Vaccination United Provinces of Agra and Oudh 1914-1922 - 1914-1922
Year: 1914
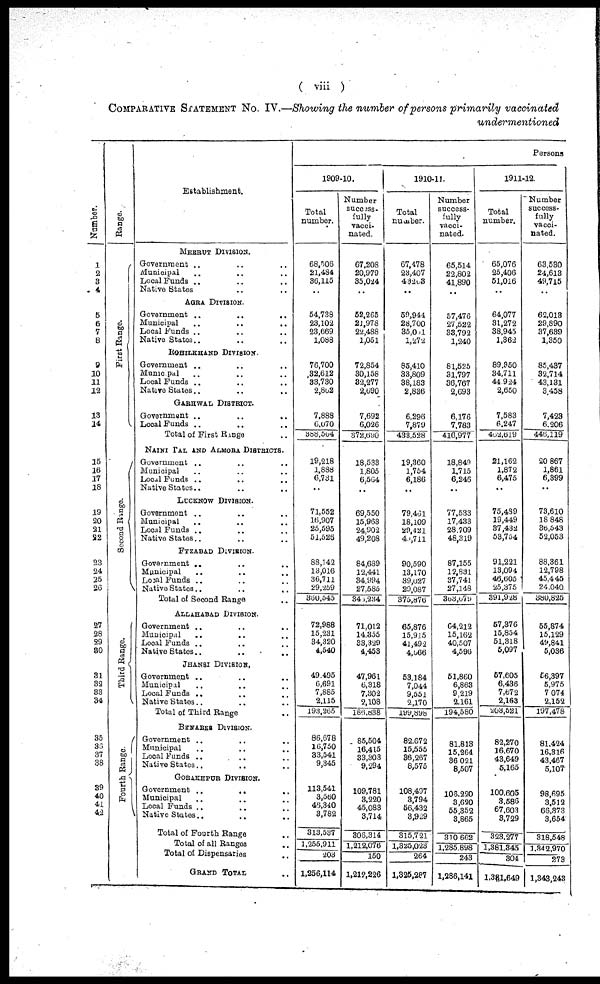
( viii )
COMPARATIVE STATEMENT No. IV.—Showing the number of persons primarily vaccinated
undermentioned
Number.
1
2
3
4
5
6
7
8
9
10
11
12
13
14
15
16
17
18
19
20
21
22
23
24
25
26
27
28
29
30
31
32
33
34
35
36
37
38
39
40
41
42
Range.
First Range.
Second Range.
Third Range.
Fourth Range.
Establishment.
MEERUT DIVISION.
Government .. .. ..
Municipal .. .. ..
Local Funds .. .. ..
Native States .. .. ..
AGRA DIVISION.
Government .. .. ..
Municipal .. .. ..
Local Funds .. .. ..
Native States.. .. ..
ROHILKHAND DIVISION.
Government .. .. ..
Municipal .. .. ..
Local Funds .. .. ..
Native States.. .. ..
GARHWAL DISTRICT.
Government
..
..
..
Local Funds .. .. ..
Total of First Range ..
NAINI TAL AND ALMORA DISRTICTS.
Government .. .. ..
Municipal .. .. ..
Local Funds .. .. ..
Native States.. .. ..
LUCKNOW DIVISION.
Government
..
..
..
Municipal .. .. ..
Local Funds .. .. ..
Native States.. .. ..
FYZABAD DIVISION.
Government .. .. ..
Municipal .. .. ..
Local Funds .. .. ..
Native States.. .. ..
Total of Second Range .. .. ..
ALLAHABAD DIVISION.
Government .. .. ..
Municipal
..
..
..
Local Funds .. .. ..
Native States.. .. ..
JHANSI DIVISION.
Government .. .. ..
Municipal .. .. ..
Local Funds .. .. ..
Native States .. .. ..
Total of Third Range ..
BENARES DIVISION.
Government .. .. ..
Municipal .. .. ..
Local Funds .. .. ..
Native States.. .. ..
GORAKHPUR DIVISION.
Government .. .. ..
Municipal .. .. ..
Local Funds .. .. ..
Native States.. .. ..
Total of Fourth Range ..
Total of all Range ..
Total of Dispensaries ..
GRAND TOTAL ..
Persons
1909-10.
Total
number.
68,506
21,484
36,115
..
54,738
23,102
23,669
1,088
76,700
32,612
33,730
2,802
7,888
6,070
388,504
19,218
1,888
6,731
..
71,552
16,907
25,595
51,526
88,142
13,016
36,711
29,259
360,545
72,988
15,231
34,320
4,540
49,495
6,691
7,885
2,115
193,265
86,678
16,750
33,541
9,345
113,541
3,560
46,340
3,782
313,537
1,255,911
203
1,256,114
Number
success-
fully
vacci-
nated.
67,208
20,979
35,024
..
52,265
21,978
22,488
1,051
72,854
30,158
32,277
2,690
7,692
6,026
372,690
18,533
1,805
6,564
..
69,550
15,963
24,902
49,208
84,689
12,441
34,994
27,585
346,234
71,012
14,355
33,329
4,453
47,961
6,318
7,302
2,108
186,838
85,504
16,415
33,303
9,294
109,781
3,220
45,083
3,714
306,314
1,212,076
150
1,212,226
1910-11.
Total
number.
67,478
23,407
43203
..
59,944
28,700
35,061
1,272
85,410
33,809
38,183
2,836
6,296
7,879
433,528
19,360
1,754
6,186
..
79,461
18,109
29,421
40,711
90,590
13,170
39,027
29,087
375,876
65,876
15,915
41,492
4,066
53,184
7,044
9,551
2,170
199,898
82,672
15,555
36,267
8,575
108,497
3,794
56,432
3,929
315,721
1,325,023
264
1,326,287
Number
success-
fully
vacci-
nated.
65,514
22,802
41,890
..
57,476
27,522
33,792
1,240
81,525
31,797
36,767
2,693
6,176
7,783
416,977
18,849
1,715
6,246
..
77,533
17,433
28,709
48,319
87,155
12,831
37,741
27,148
363,679
64,212
15,162
40,507
4,596
51,860
6,863
9,219
2,161
194,580
81,813
15 264
36,021
8,507
106,220
3,620
55,352
3,865
310,662
1,285,898
243
1,286,141
1911-12.
Total
number.
65,076
25,406
51,016
..
64,077
31,272
38,945
1,362
89,350
34,711
44,924
2,650
7,583
6,247
462,619
21,162
1,872
6,475
..
75,489
19,449
37,432
53,754
91,221
13,094
46,605
25,375
391,928
57,376
15,854
51,318
5,097
57,605
6,436
7,672
2,163
203,521
82,270
16,670
43,649
5,165
100,605
3,586
67,603
3,729
323,277
1,381,345
304
1,381,649
Number
success-
fully
vacci-
nated.
63,530
24,613
49,715
..
62,013
29,890
37,639
1,350
85,437
32,714
43,131
3,458
7,423
6,206
445,119
20,867
1,861
6,399
..
73,610
18,848
36,543
52,053
88,361
12,798
45,445
24,040.
380,825
55,874
15,129
49,841
5,036
56,397
5,975
7,074
2,152
197,478
81,424
16,316
43,467
5,107
98,695
3,512
66,373
3,654
318,548
1,342,970
273
1,343,243